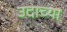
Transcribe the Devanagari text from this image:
उदाच्या